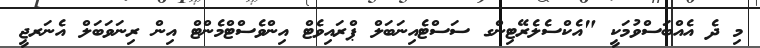
މި ދެ އެއްބަސްވުމަކީ "އެކްސެލެރޭޓިންގ ސަސްޓެއިނަބަލް ޕްރައިވެޓް އިންވެސްޓްމެންޓް އިން ރިނަވަބަލް އެނަރޖީ